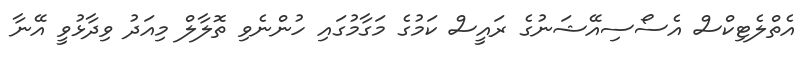
އެތްލެޓިކްސް އެސޯސިއޭޝަނުގެ ރައީސް ކަމުގެ މަގާމުގައި ހުންނެވި ތޮލާލް މިއަދު ވިދާޅުވީ އޭނާ